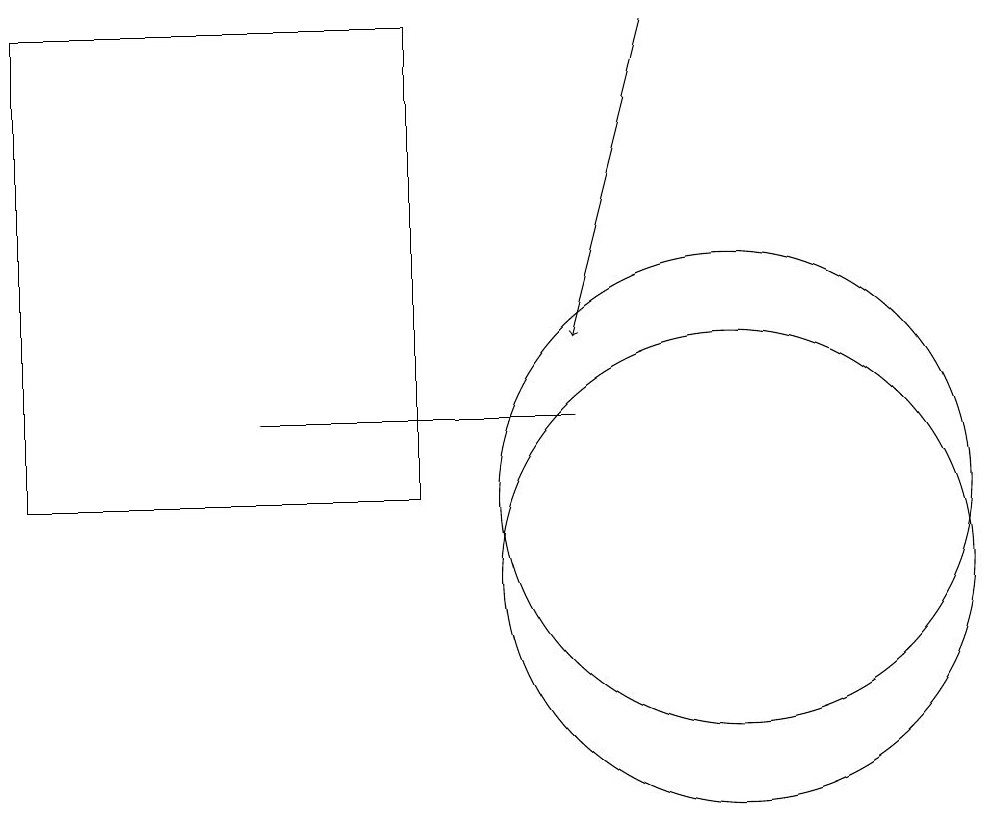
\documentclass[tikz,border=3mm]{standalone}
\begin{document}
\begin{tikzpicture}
\draw[->] (9,17) -- (8,13);
\draw (1,11) rectangle (6,17);
\draw (10,10) circle (3);
\draw (4,12) rectangle (8,12);
\draw (10,11) circle (3);
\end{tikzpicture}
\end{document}